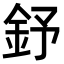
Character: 𨥤